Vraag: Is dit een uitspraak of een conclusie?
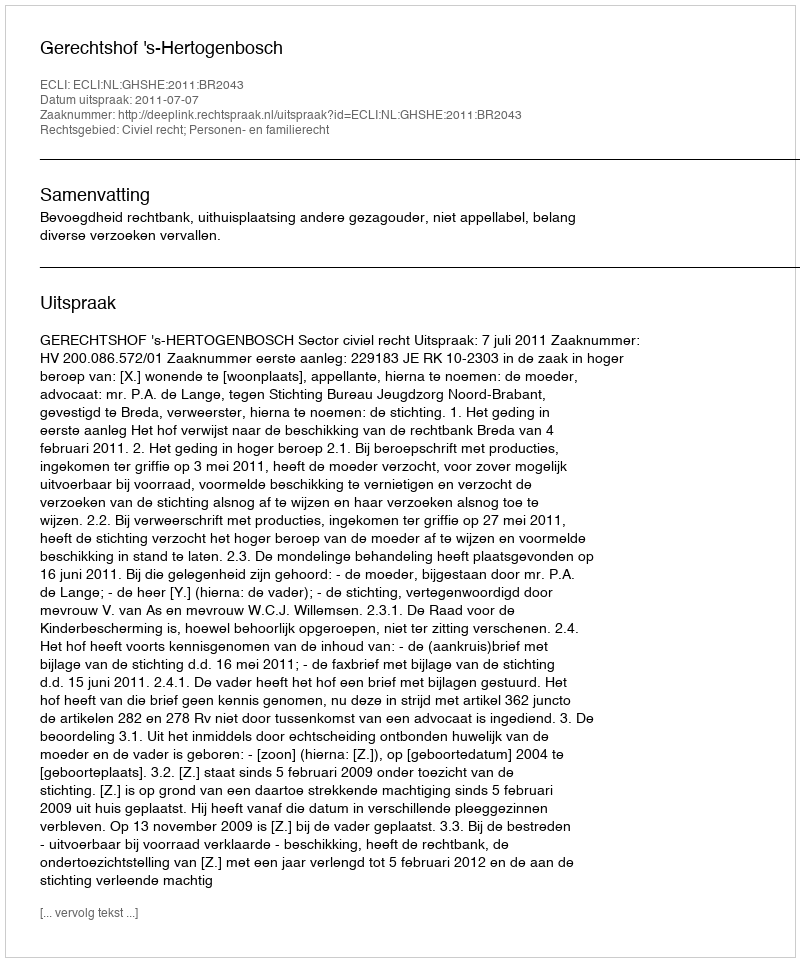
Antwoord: Uitspraak